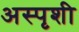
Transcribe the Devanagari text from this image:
अस्पृशी